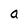
Character: a